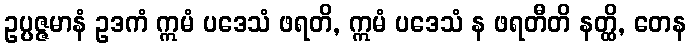
ဥပ္ပဇ္ဇမာနံ ဥဒကံ ဣမံ ပဒေသံ ဖရတိ, ဣမံ ပဒေသံ န ဖရတီတိ နတ္ထိ, တေန